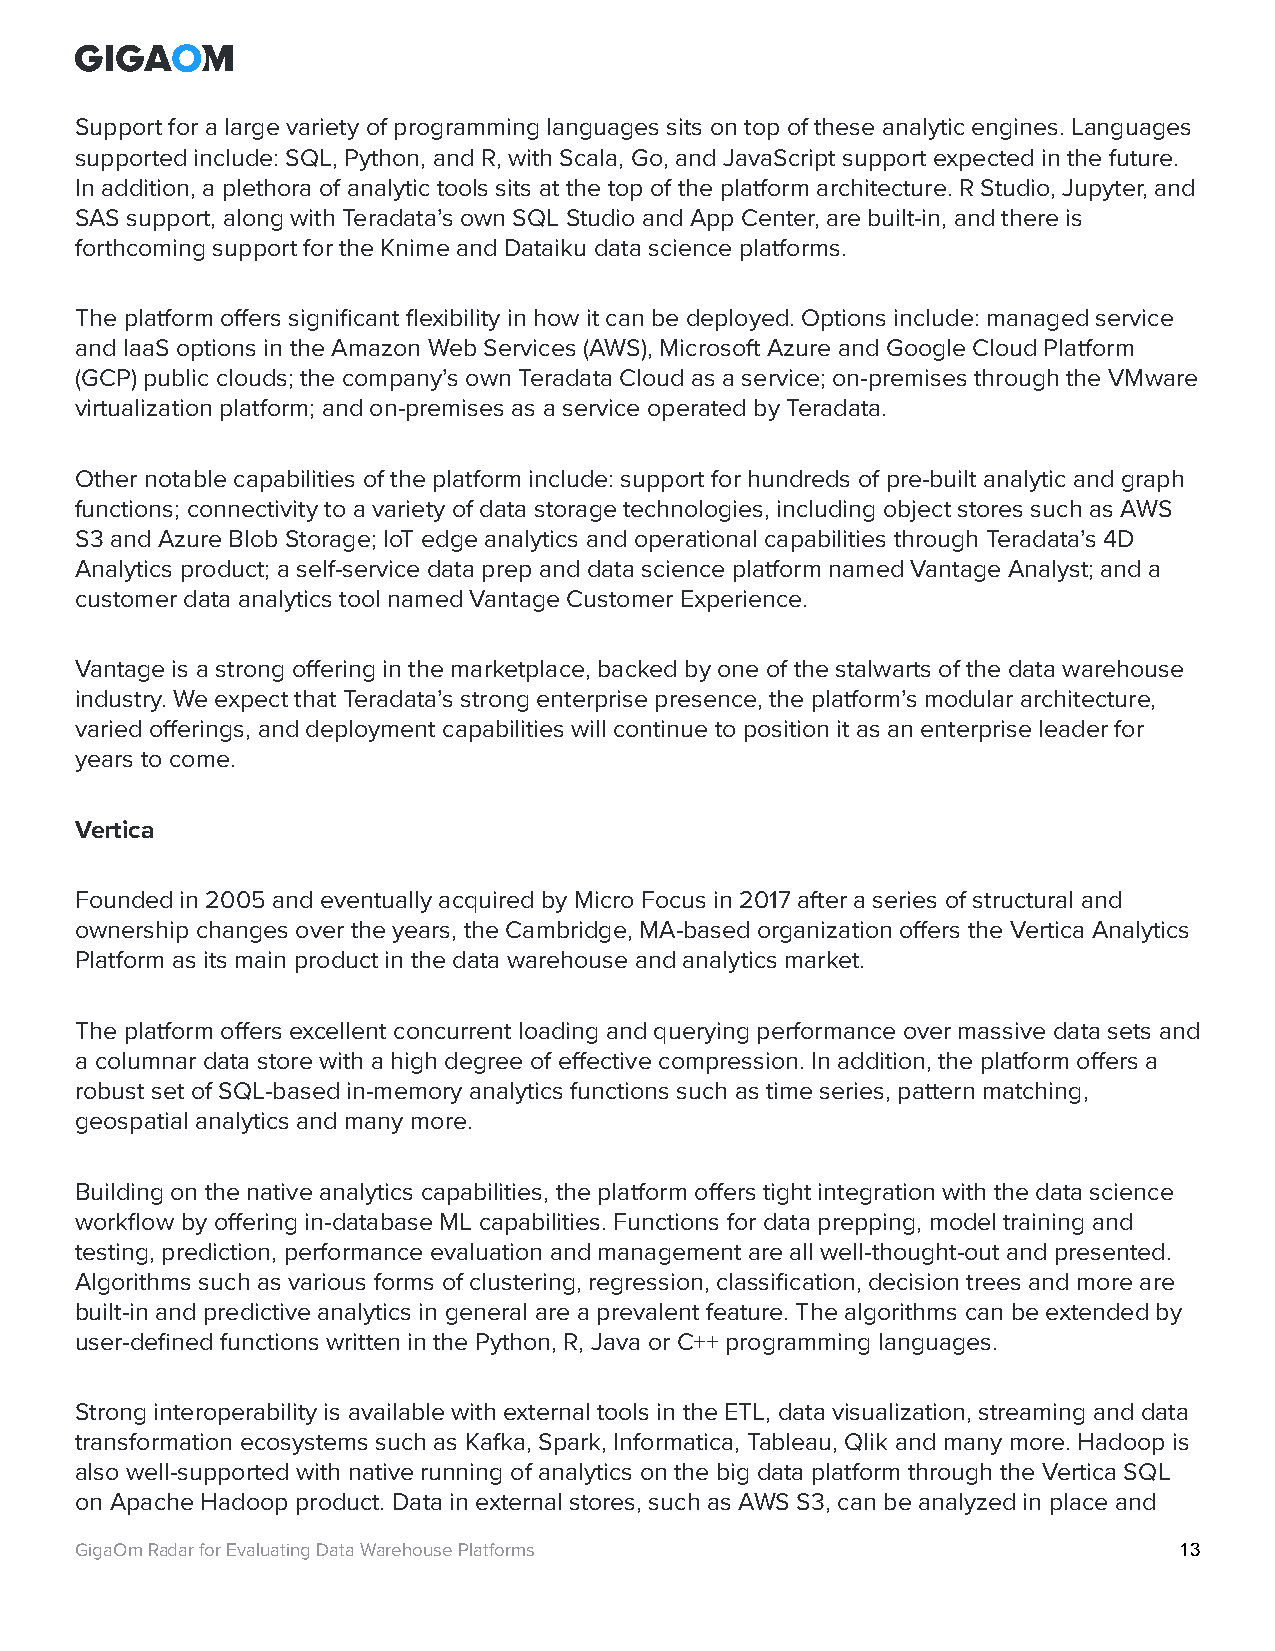
Support for a large variety of programming languages sits on top of these analytic engines. Languages
 supported include: SQL, Python, and R, with Scala, Go, and JavaScript support expected in the future.
 In addition, a plethora of analytic tools sits at the top of the platform architecture. R Studio, Jupyter, and
 SAS support, along with Teradata’s own SQL Studio and App Center, are built-in, and there is
 forthcoming support for the Knime and Dataiku data science platforms.
 The platform offers significant flexibility in how it can be deployed. Options include: managed service
 and IaaS options in the Amazon Web Services (AWS), Microsoft Azure and Google Cloud Platform
 (GCP) public clouds; the company’s own Teradata Cloud as a service; on-premises through the VMware
 virtualization platform; and on-premises as a service operated by Teradata.
 Other notable capabilities of the platform include: support for hundreds of pre-built analytic and graph
 functions; connectivity to a variety of data storage technologies, including object stores such as AWS
 S3 and Azure Blob Storage; IoT edge analytics and operational capabilities through Teradata’s 4D
 Analytics product; a self-service data prep and data science platform named Vantage Analyst; and a
 customer data analytics tool named Vantage Customer Experience.
 Vantage is a strong offering in the marketplace, backed by one of the stalwarts of the data warehouse
 industry. We expect that Teradata’s strong enterprise presence, the platform’s modular architecture,
 varied offerings, and deployment capabilities will continue to position it as an enterprise leader for
 years to come.
 Vertica
 Founded in 2005 and eventually acquired by Micro Focus in 2017 after a series of structural and
 ownership changes over the years, the Cambridge, MA-based organization offers the Vertica Analytics
 Platform as its main product in the data warehouse and analytics market.
 The platform offers excellent concurrent loading and querying performance over massive data sets and
 a columnar data store with a high degree of effective compression. In addition, the platform offers a
 robust set of SQL-based in-memory analytics functions such as time series, pattern matching,
 geospatial analytics and many more.
 Building on the native analytics capabilities, the platform offers tight integration with the data science
 workflow by offering in-database ML capabilities. Functions for data prepping, model training and
 testing, prediction, performance evaluation and management are all well-thought-out and presented.
 Algorithms such as various forms of clustering, regression, classification, decision trees and more are
 built-in and predictive analytics in general are a prevalent feature. The algorithms can be extended by
 user-defined functions written in the Python, R, Java or C++ programming languages.
 Strong interoperability is available with external tools in the ETL, data visualization, streaming and data
 transformation ecosystems such as Kafka, Spark, Informatica, Tableau, Qlik and many more. Hadoop is
 also well-supported with native running of analytics on the big data platform through the Vertica SQL
 on Apache Hadoop product. Data in external stores, such as AWS S3, can be analyzed in place and
 GigaOm Radar for Evaluating Data Warehouse Platforms                     13